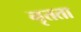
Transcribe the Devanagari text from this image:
नृतता